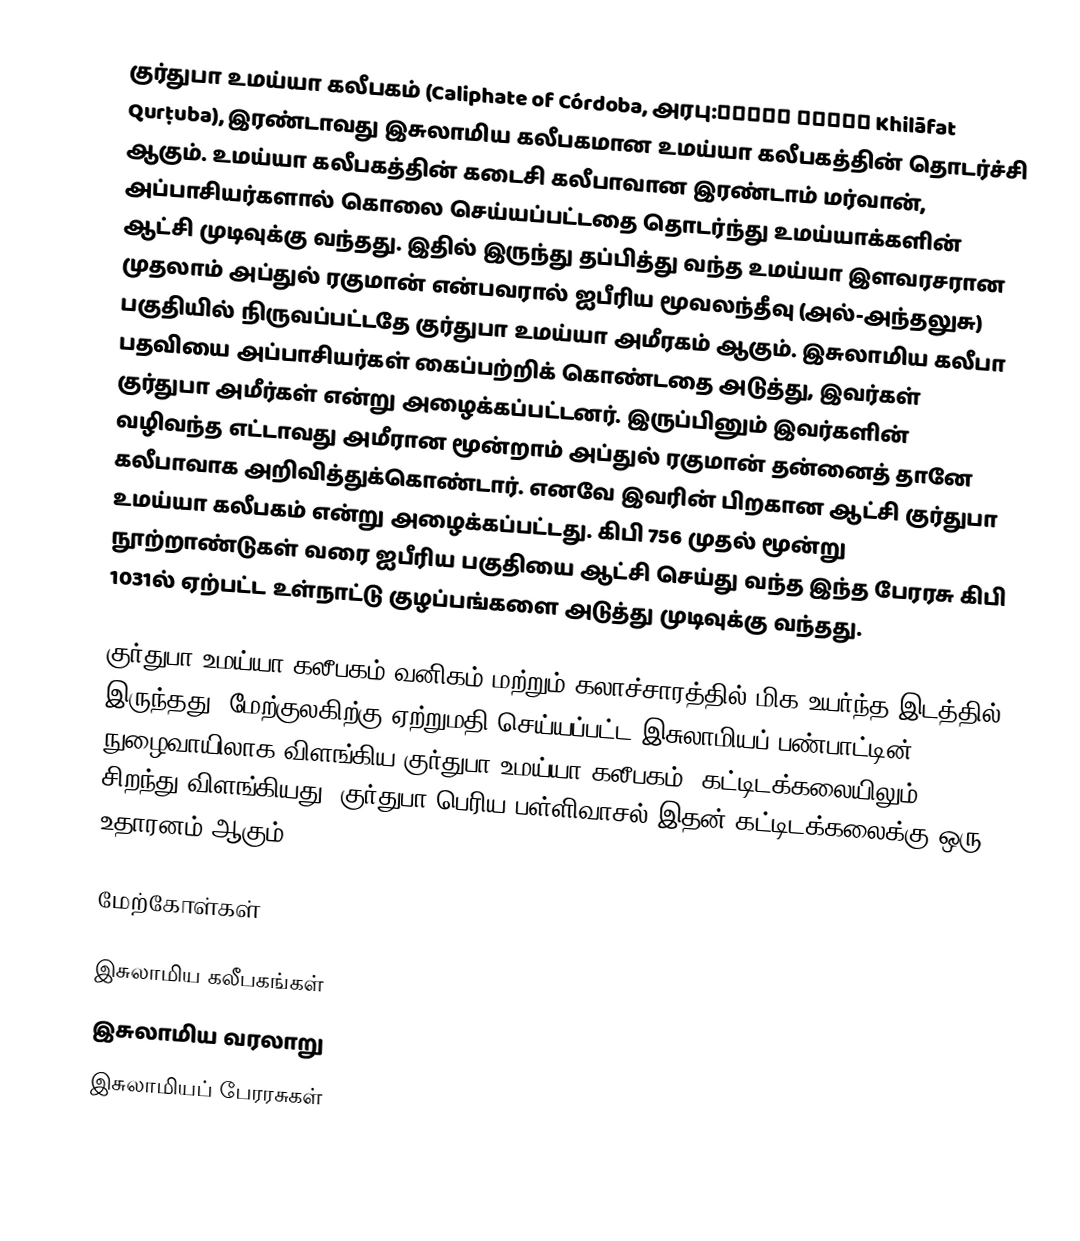
குர்துபா உமய்யா கலீபகம் (Caliphate of Córdoba, அரபு:خلافة قرطبة Khilāfat Qurṭuba), இரண்டாவது இசுலாமிய கலீபகமான உமய்யா கலீபகத்தின் தொடர்ச்சி ஆகும். உமய்யா கலீபகத்தின் கடைசி கலீபாவான இரண்டாம் மர்வான், அப்பாசியர்களால் கொலை செய்யப்பட்டதை தொடர்ந்து உமய்யாக்களின் ஆட்சி முடிவுக்கு வந்தது. இதில் இருந்து தப்பித்து வந்த உமய்யா இளவரசரான முதலாம் அப்துல் ரகுமான் என்பவரால் ஐபீரிய மூவலந்தீவு (அல்-அந்தலுசு) பகுதியில் நிருவப்பட்டதே குர்துபா உமய்யா அமீரகம் ஆகும். இசுலாமிய கலீபா பதவியை அப்பாசியர்கள் கைப்பற்றிக் கொண்டதை அடுத்து, இவர்கள் குர்துபா அமீர்கள் என்று அழைக்கப்பட்டனர். இருப்பினும் இவர்களின் வழிவந்த எட்டாவது அமீரான மூன்றாம் அப்துல் ரகுமான் தன்னைத் தானே கலீபாவாக அறிவித்துக்கொண்டார். எனவே இவரின் பிறகான ஆட்சி குர்துபா உமய்யா கலீபகம் என்று அழைக்கப்பட்டது. கிபி 756 முதல் மூன்று நூற்றாண்டுகள் வரை ஐபீரிய பகுதியை ஆட்சி செய்து வந்த இந்த பேரரசு கிபி 1031ல் ஏற்பட்ட உள்நாட்டு குழப்பங்களை அடுத்து முடிவுக்கு வந்தது.

குர்துபா உமய்யா கலீபகம் வனிகம் மற்றும் கலாச்சாரத்தில் மிக உயர்ந்த இடத்தில் இருந்தது. மேற்குலகிற்கு ஏற்றுமதி செய்யப்பட்ட இசுலாமியப் பண்பாட்டின் நுழைவாயிலாக விளங்கிய குர்துபா உமய்யா கலீபகம், கட்டிடக்கலையிலும் சிறந்து விளங்கியது. குர்துபா பெரிய பள்ளிவாசல் இதன் கட்டிடக்கலைக்கு ஒரு உதாரனம் ஆகும்.

மேற்கோள்கள்

இசுலாமிய கலீபகங்கள்
இசுலாமிய வரலாறு
இசுலாமியப் பேரரசுகள்